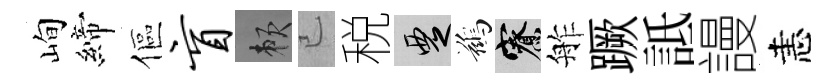
峋締傴盲賴已税覂鷀寮舴蹶詆謾恚